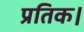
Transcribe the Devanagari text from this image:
प्रतिक।